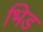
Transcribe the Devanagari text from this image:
भिड